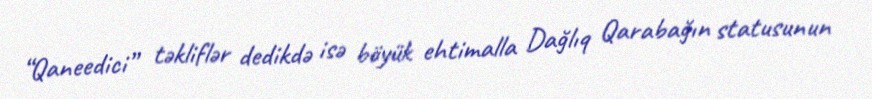
“Qaneedici” təkliflər dedikdə isə böyük ehtimalla Dağlıq Qarabağın statusunun